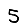
Digit: 5